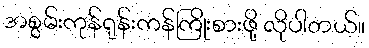
အစွမ်းကုန်ရုန်းကန်ကြိုးစားဖို့ လိုပါတယ်။